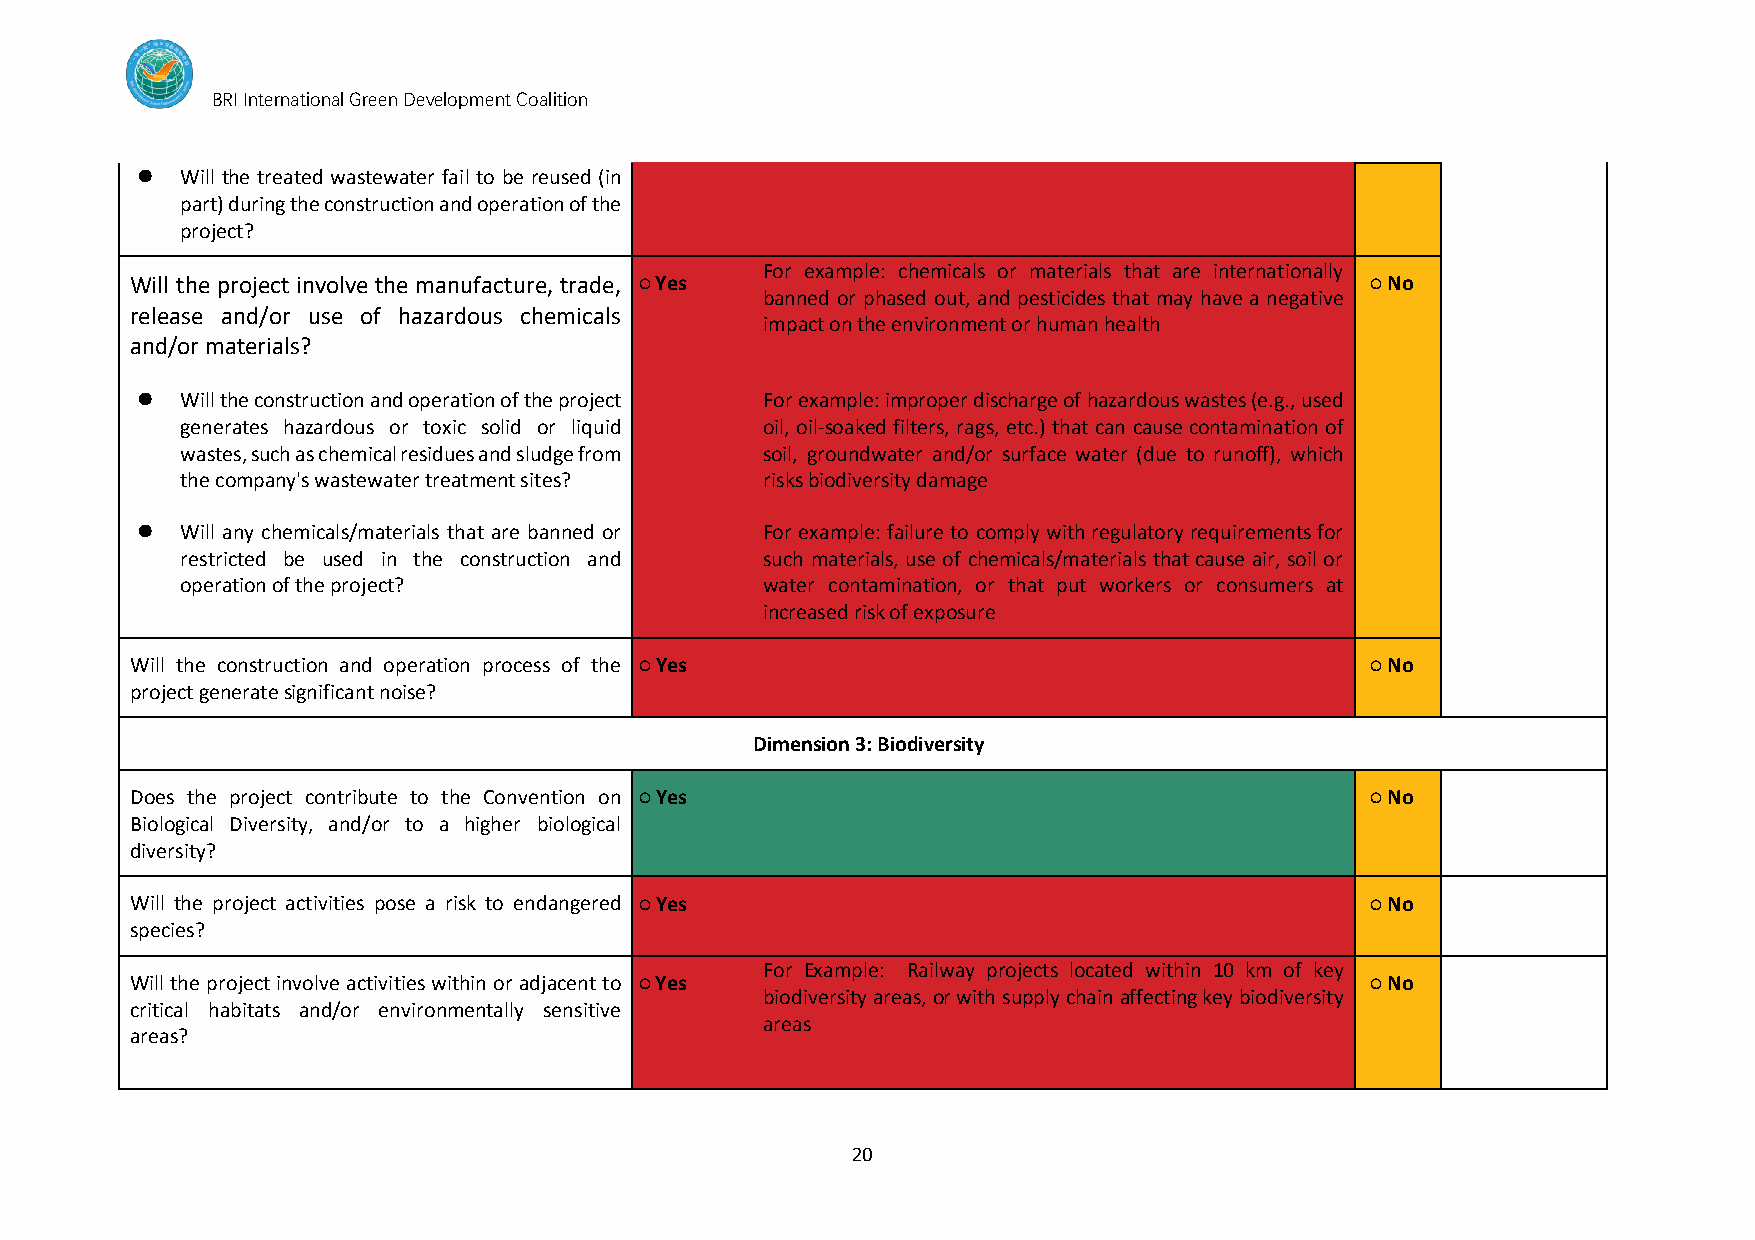
BRI International Green Development Coalition
 ⚫  Will the treated wastewater fail to be reused (in
 part) during the construction and operation of the
 project?
 For example: chemicals or materials that are internationally
 Will the project involve the manufacture, trade, ○ Yes                            ○ No
 banned or phased out, and pesticides that may have a negative
 release and/or use of hazardous chemicals
 impact on the environment or human health
 and/or materials?
 ⚫  Will the construction and operation of the project For example: improper discharge of hazardous wastes (e.g., used
 generates hazardous or toxic solid or liquid oil, oil-soaked filters, rags, etc.) that can cause contamination of
 wastes, such as chemical residues and sludge from soil, groundwater and/or surface water (due to runoff), which
 the company's wastewater treatment sites? risks biodiversity damage
 ⚫  Will any chemicals/materials that are banned or For example: failure to comply with regulatory requirements for
 restricted be used in the construction and such materials, use of chemicals/materials that cause air, soil or
 operation of the project?              water contamination, or that put workers or consumers at
 increased risk of exposure
 Will the construction and operation process of the ○ Yes                          ○ No
 project generate significant noise?
 Dimension 3: Biodiversity
 Does the project contribute to the Convention on ○ Yes                            ○ No
 Biological Diversity, and/or to a higher biological
 diversity?
 Will the project activities pose a risk to endangered ○ Yes                       ○ No
 species?
 For Example: Railway projects located within 10 km of key
 Will the project involve activities within or adjacent to ○ Yes                   ○ No
 biodiversity areas, or with supply chain affecting key biodiversity
 critical habitats and/or environmentally sensitive
 areas
 areas?
 20